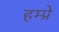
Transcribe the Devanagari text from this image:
हम्प्रे